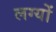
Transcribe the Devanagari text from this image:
लग्यों